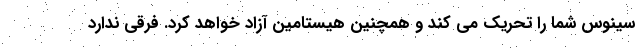
سینوس شما را تحریک می کند و همچنین هیستامین آزاد خواهد کرد. فرقی ندارد